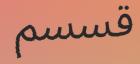
قسسم